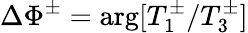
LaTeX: \Delta\Phi^{\pm}=\arg[T_{1}^{\pm}/T_{3}^{\pm}]